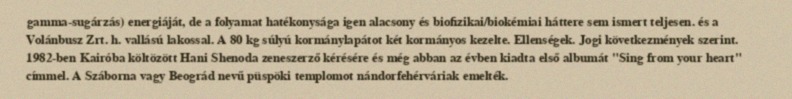
gamma-sugárzás) energiáját, de a folyamat hatékonysága igen alacsony és biofizikai/biokémiai háttere sem ismert teljesen. és a Volánbusz Zrt. h. vallású lakossal. A 80 kg súlyú kormánylapátot két kormányos kezelte. Ellenségek. Jogi következmények szerint. 1982-ben Kairóba költözött Hani Shenoda zeneszerző kérésére és még abban az évben kiadta első albumát "Sing from your heart" címmel. A Száborna vagy Beográd nevű püspöki templomot nándorfehérváriak emelték.